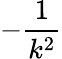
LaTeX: -{\frac{1}{k^{2}}}